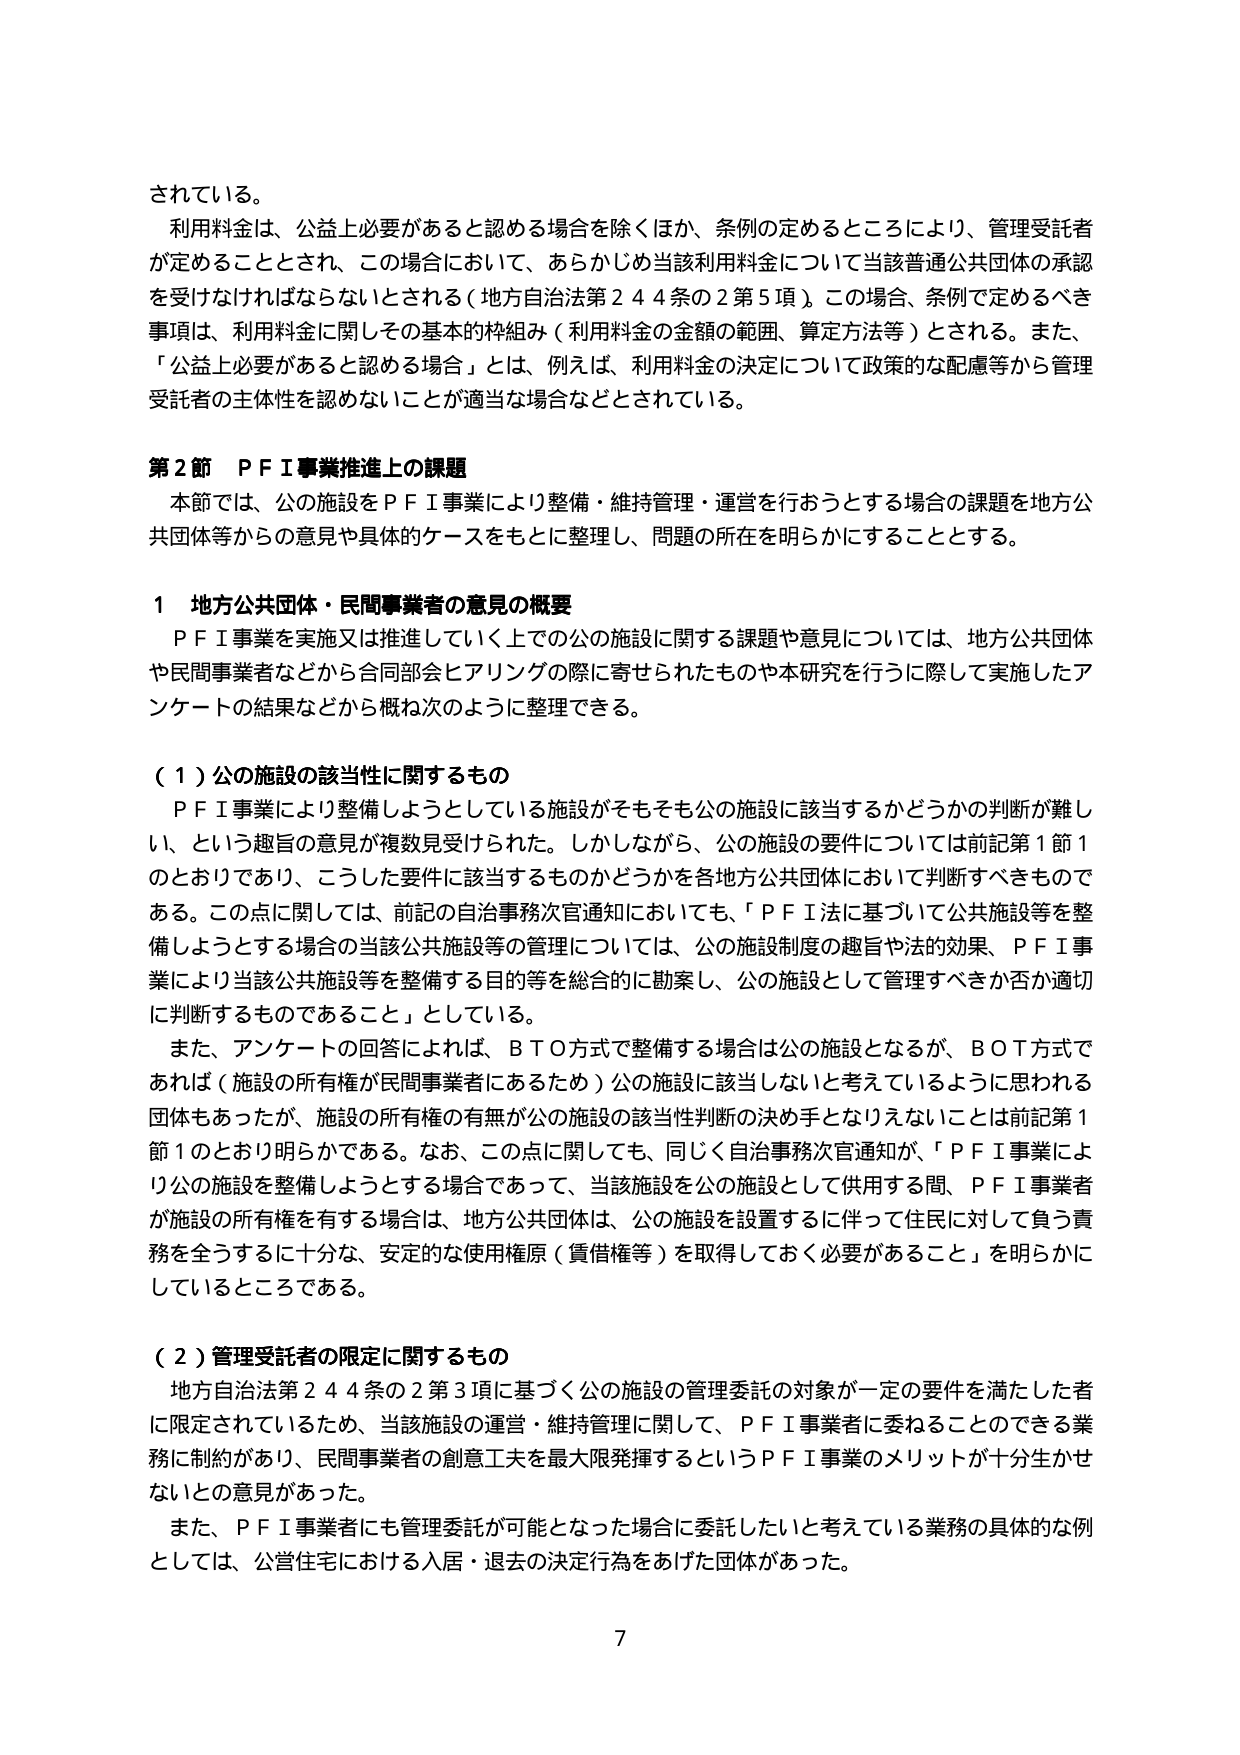
されている。

利用料金は、公益上必要があると認める場合を除くほか、条例の定めるところにより、管理受託者が定めることとされ、この場合において、あらかじめ当該利用料金について当該普通公共団体の承認を受けなければならないとされる（地方自治法第244条の2第5項）。この場合、条例で定めるべき事項は、利用料金に関してその基本的枠組み（利用料金の金額の範囲、算定方法等）とされる。また、「公益上必要があると認める場合」とは、例えば、利用料金の決定について政策的な配慮等から管理受託者の主体性を認めないことが適当な場合などとされている。

第2節 PFI事業推進上の課題

本節では、公の施設をPFI事業により整備・維持管理・運営を行おうとする場合の課題を地方公共団体等からの意見や具体的ケースをもとに整理し、問題の所在を明らかにすることとする。

1 地方公共団体・民間事業者の意見の概要

PFI事業を実施又は推進していく上での公の施設に関する課題や意見については、地方公共団体や民間事業者などから合同部会ヒアリングの際に寄せられたものや本研究を行うに際して実施したアンケートの結果などから概ね次のように整理できる。

（1）公の施設の該当性に関するもの

PFI事業により整備しようとしている施設がそもそも公の施設に該当するかどうかの判断が難しい、という趣旨の意見が複数見受けられた。しかしながら、公の施設の要件については前記第1節1のとおりであり、こうした要件に該当するものかどうかを各地方公共団体において判断すべきものである。この点に関しては、前記の自治事務次官通知においても、「PFI法に基づいて公共施設等を整備しようとする場合の当該公共施設等の管理については、公の施設制度の趣旨や法的効果、PFI事業により当該公共施設等を整備する目的等を総合的に勘案し、公の施設として管理すべきか否か適切に判断するものであること」としている。

また、アンケートの回答によれば、BTO方式で整備する場合は公の施設となるが、BOT方式であれば（施設の所有権が民間事業者にあるため）公の施設に該当しないと考えているように思われる団体もあったが、施設の所有権の有無が公の施設の該当性判断の決め手となりえないことは前記第1節1のとおり明らかである。なお、この点に関しても、同じく自治事務次官通知が、「PFI事業により公の施設を整備しようとする場合であって、当該施設を公の施設として供用する間、PFI事業者が施設の所有権を有する場合は、地方公共団体は、公の施設を設置するに伴って住民に対して負う責務を全うするに十分な、安定的な使用権原（賃借権等）を取得しておく必要があること」を明らかにしているところである。

（2）管理受託者の限定に関するもの

地方自治法第244条の2第3項に基づく公の施設の管理委託の対象が一定の要件を満たした者に限定されているため、当該施設の運営・維持管理に関して、PFI事業者に委ねることのできる業務に制約があり、民間事業者の創意工夫を最大限発揮するというPFI事業のメリットが十分生かせないとの意見があった。

また、PFI事業者にも管理委託が可能となった場合に委託したいと考えている業務の具体的な例としては、公営住宅における入居・退去の決定行為をあげた団体があった。

7